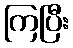
ကြပြီး